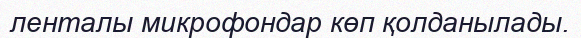
ленталы микрофондар көп қолданылады.